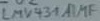
Text: LMV431MF